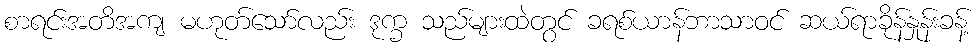
စာရင်းအတိအကျ မဟုတ်သော်လည်း ဒုက္ခ သည်များထဲတွင် ခရစ်ယာန်ဘာသာဝင် ဆယ်ရာခိုန်နှုန်းခန့်